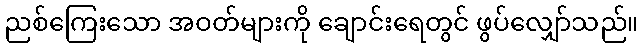
ညစ်ကြေးသော အဝတ်များကို ချောင်းရေတွင် ဖွပ်လျှော်သည်။